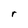
Character: r